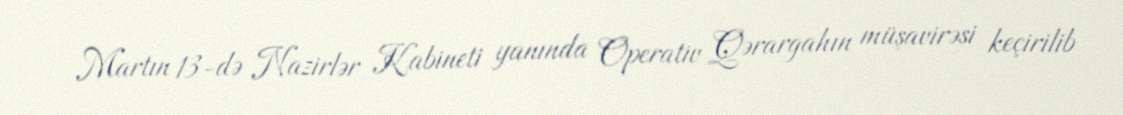
Martın 13-də Nazirlər Kabineti yanında Operativ Qərargahın müşavirəsi keçirilib